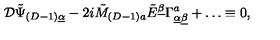
{ \cal D } \tilde { \Psi } _ { ( D - 1 ) \underline { { \alpha } } } - 2 i \tilde { M } _ { ( D - 1 ) a } \tilde { E } ^ { \underline { { \beta } } } \Gamma _ { \underline { { \alpha } } \underline { { \beta } } } ^ { a } + \ldots \equiv 0 ,